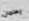
يعلمان